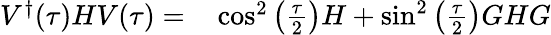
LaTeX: \begin{array}{rl}{V^{\dagger}(\tau)HV(\tau)=}&{{}\cos^{2}\left(\frac{\tau}{2}\right)H+\sin^{2}\left(\frac{\tau}{2}\right){G}H{G}}\end{array}